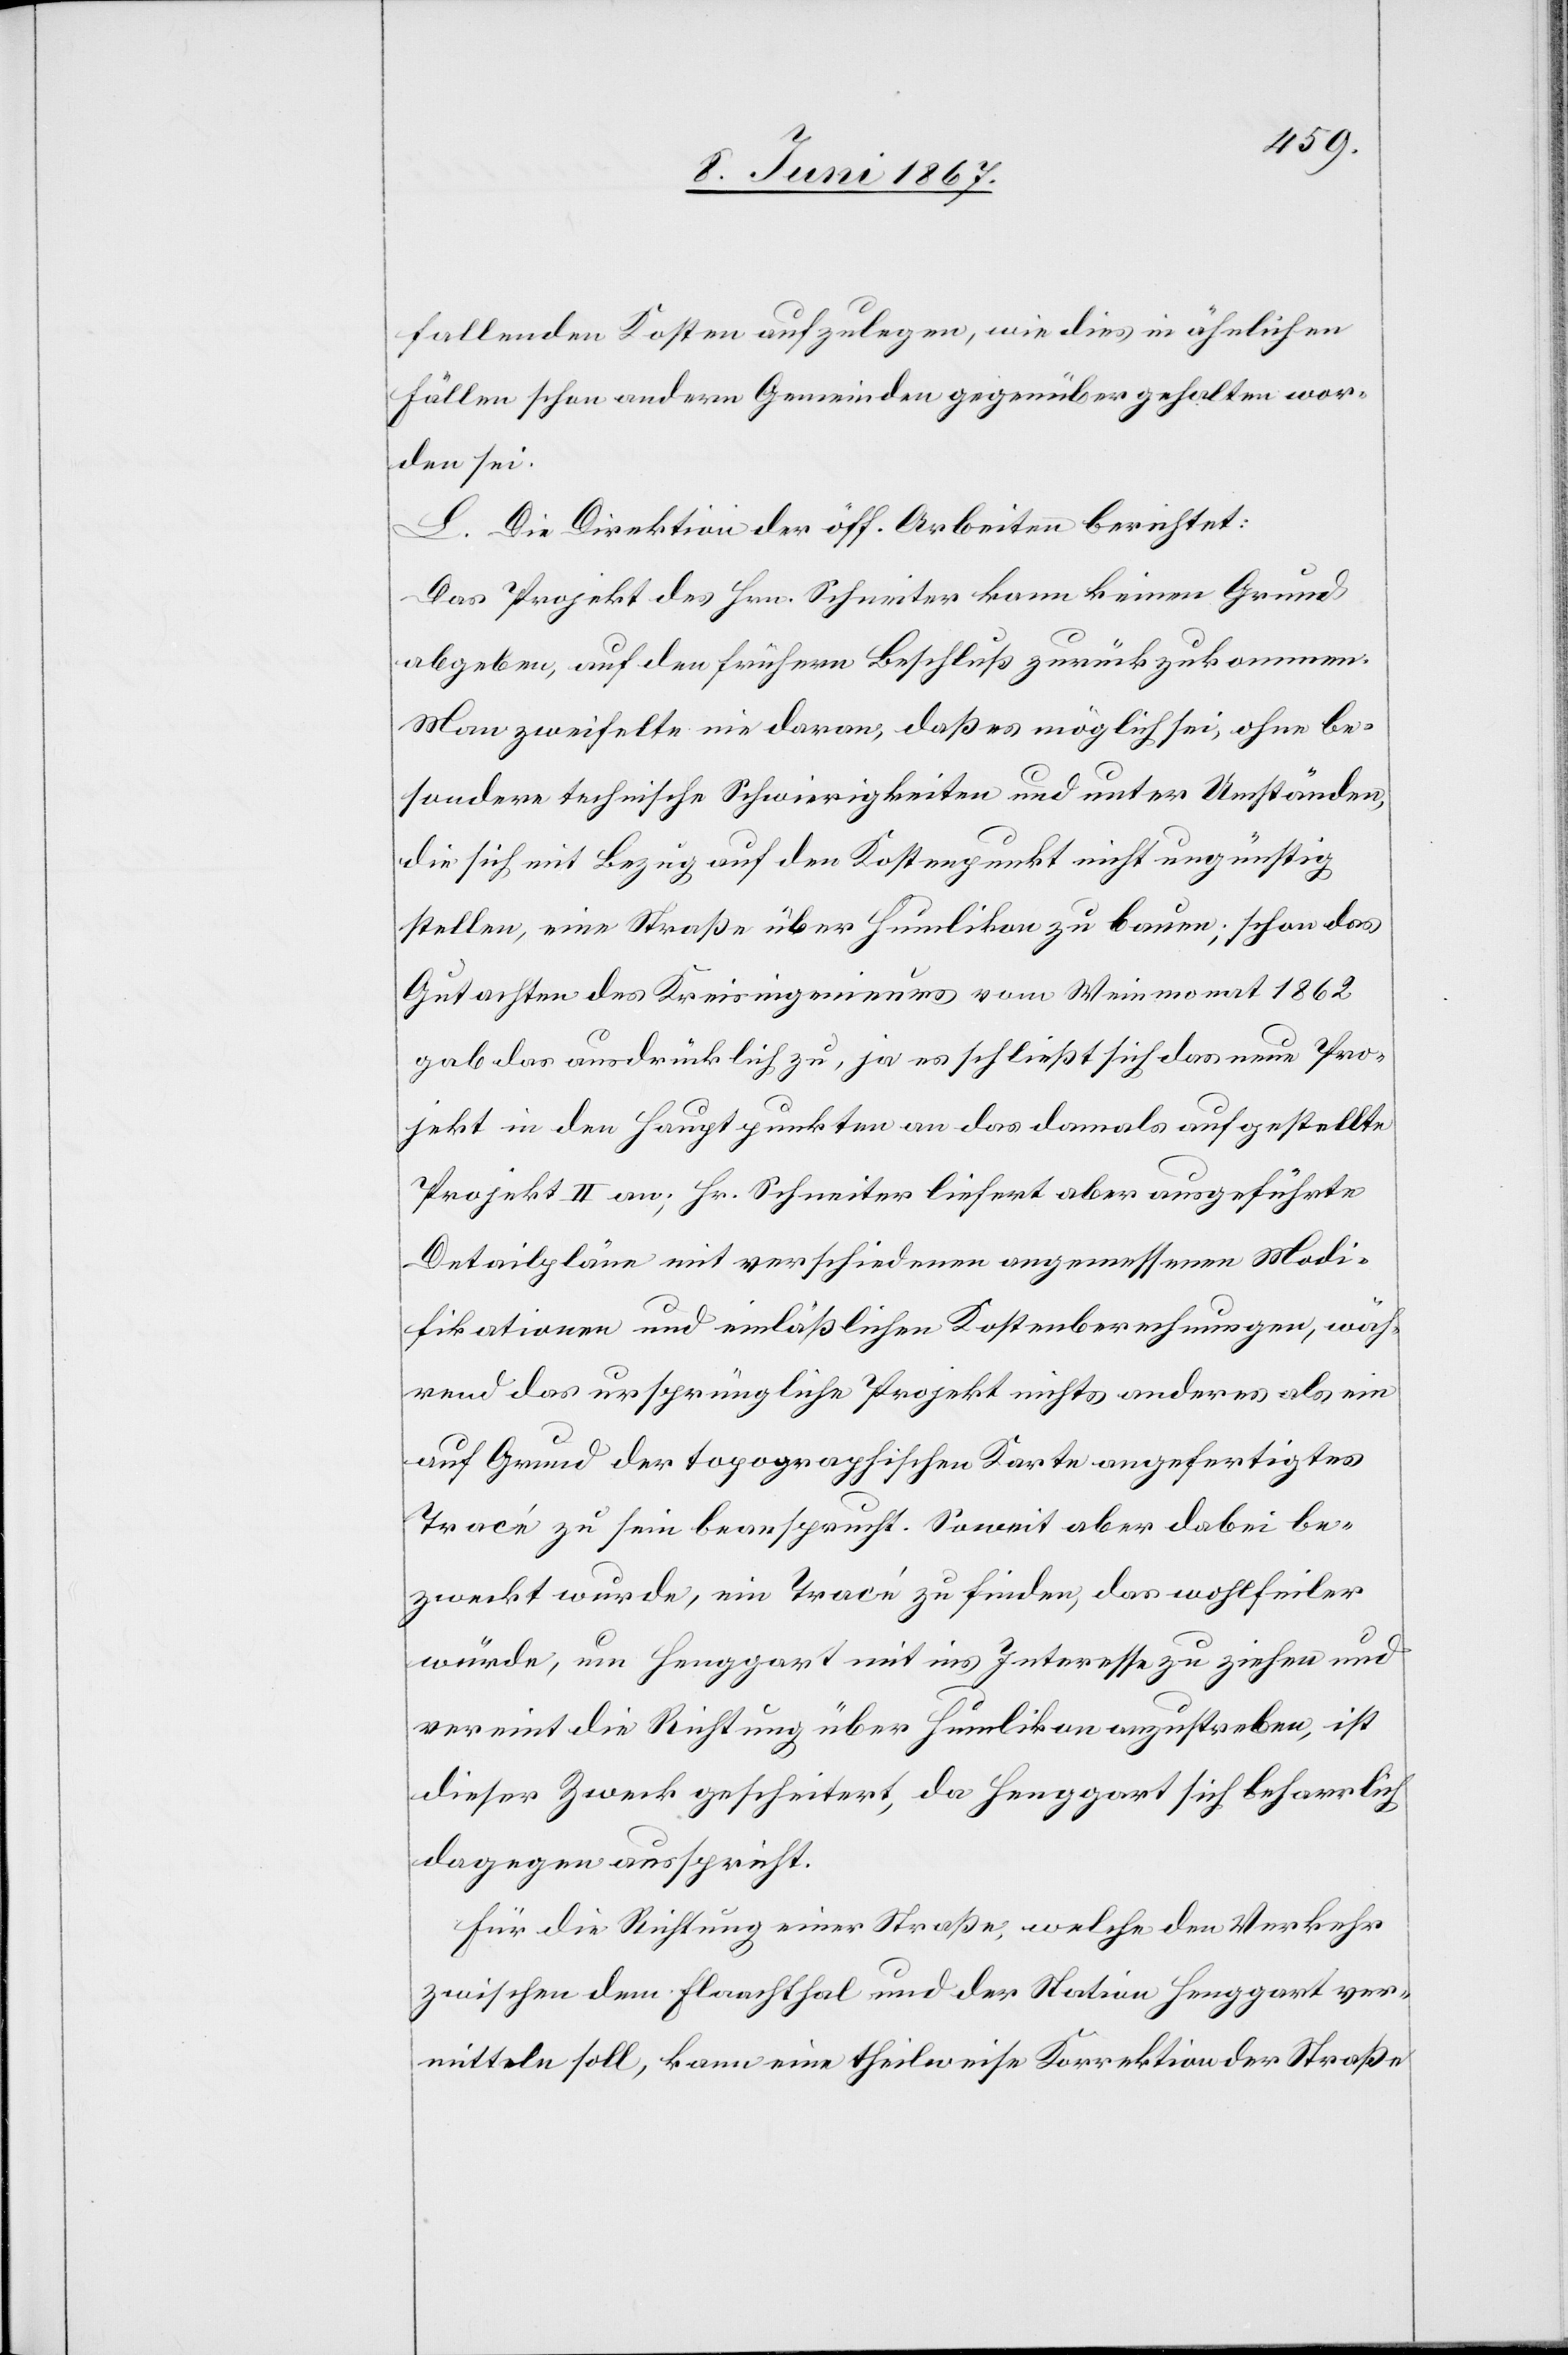
fallenden Kosten aufzulegen, wie dies in ähnlichen
Fällen schon andern Gemeinden gegenüber gehalten wor¬
den sei.
L. Die Direktion der öff. Arbeiten berichtet:
Das Projekt des Hrn. Schneiter kann keinen Grund
angeben, auf den frühern Beschluss zurückzukommen.
Man zweifle nie daran, daß es möglich sei, ohne be¬
sondere technische Schwierigkeiten und unter Umständen,
die sich mit Bezug auf den Kostenpunkt nicht ungünstig
stellen, eine Straße über Humlikon zu bauen; schon das
Gutachten des Kreisingenieurs vom Weinmonat 1862
gab das ausdrücklich zu, ja es schließt sich das neue Pro¬
jekt in den Hauptpunkten an das damals aufgestellte
Projekt II an; Hr. Schneiter liefert aber aufgeführte
Detailpläne mit verschiedenen angemessenen Modi¬
fikationen und einläßlichen Kostenberechnungen, wäh¬
rend das ursprüngliche Projekt nichts anderes als ein
auf Grund der topographischen Karte angefertigtes
Tracé zu sein beansprucht. Soweit aber dabei be¬
zweckt wurde, ein Tracé zu finden, das wohlfeiler
würde, um Henggart mit ins Interesse zu ziehen und
vereint die Richtung über Humlikon anzustreben, ist
dieser Zweck gescheitert, da Henggart sich beharrlich
dagegen ausspricht.
Für die Richtung einer Straße welche den Verkehr
zwischen dem Flaachthal und der Station Henggart ver¬
mitteln soll, kann eine theilweise Korrektion der Straße